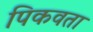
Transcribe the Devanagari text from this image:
पिकवता